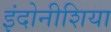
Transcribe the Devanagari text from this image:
इंदोनीशिया